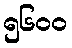
၅၆၀၀